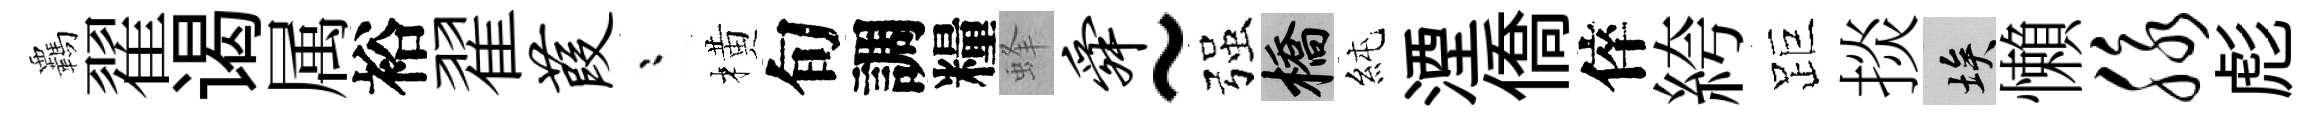
覊翟谒属裕翟葭漸橫旬調糧蜂舜~强橋純湮僑倅絝距掞埃懶脉彪